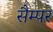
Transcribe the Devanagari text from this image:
सैम्पर